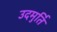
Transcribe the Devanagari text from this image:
उदमुर्ति